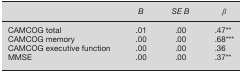
<table><thead><tr><td></td><td><b><i>B</i></b></td><td><b><i>SE B</i></b></td><td><b><i>β</i></b></td></tr></thead><tbody><tr><td>CAMCOG total</td><td>.01</td><td>.00</td><td>.47**</td></tr><tr><td>CAMCOG memory</td><td>.00</td><td>.00</td><td>.68***</td></tr><tr><td>CAMCOG executive function</td><td>.00</td><td>.00</td><td>.36</td></tr><tr><td>MMSE</td><td>.00</td><td>.00</td><td>.37**</td></tr></tbody></table>